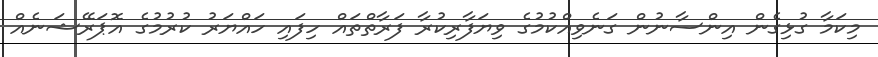
މިކަމާ ގުޅިގެން އިންސާނުން ގަނެވިއްކުމުގެ ވިޔަފާރިކުރާ ފަރާތްތައް ހިފައި ހައްޔަރު ކުރުމުގެ އޮޕަރޭޝަނެއް